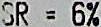
SR = 6%